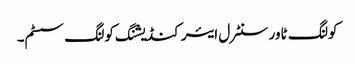
کولنگ ٹاور سنٹرل ایئر کنڈیشنگ کولنگ سسٹم۔